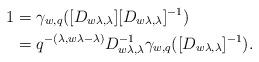
LaTeX: \begin{align*}1 & =\gamma_{w,q}([D_{w\lambda,\lambda}][D_{w\lambda,\lambda}]^{-1})\\ & =q^{-(\lambda,w\lambda-\lambda)}D_{w\lambda,\lambda}^{-1}\gamma_{w,q}([D_{w\lambda,\lambda}]^{-1}).\end{align*}